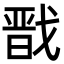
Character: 戬